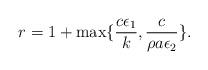
LaTeX: \begin{align*}r=1+\max\{\frac{c\epsilon_1}{k},\frac{c}{\rho a\epsilon_2}\}.\end{align*}